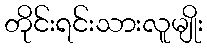
တိုင်းရင်းသားလူမျိုး